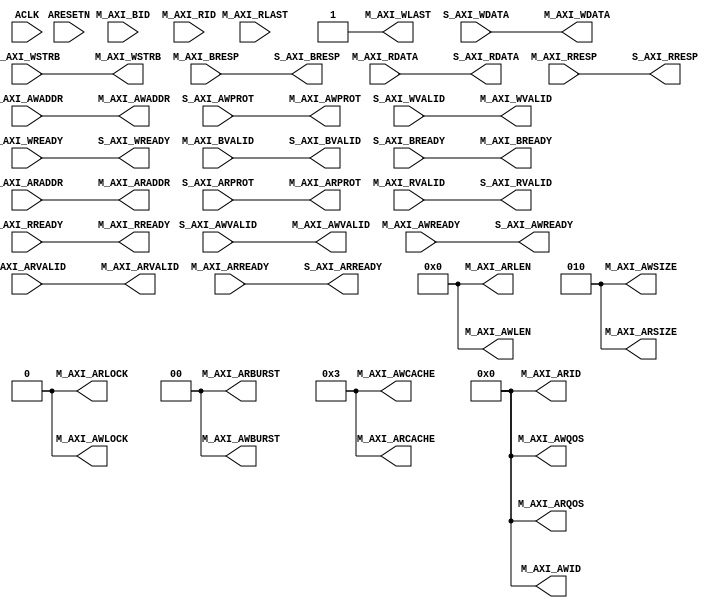
////////////////////////////////////////////////////////////////////////////////
//
// {{{
// Project:	Zip CPU -- a small, lightweight, RISC CPU soft core
//
// Purpose:	
//
// Creator:	Dan Gisselquist, Ph.D.
//		Gisselquist Technology, LLC
//
////////////////////////////////////////////////////////////////////////////////
// }}}
// Copyright (C) 2019-2024, Gisselquist Technology, LLC
// {{{
// This program is free software (firmware): you can redistribute it and/or
// modify it under the terms of the GNU General Public License as published
// by the Free Software Foundation, either version 3 of the License, or (at
// your option) any later version.
//
// This program is distributed in the hope that it will be useful, but WITHOUT
// ANY WARRANTY; without even the implied warranty of MERCHANTIBILITY or
// FITNESS FOR A PARTICULAR PURPOSE.  See the GNU General Public License
// for more details.
//
// You should have received a copy of the GNU General Public License along
// with this program.  (It's in the $(ROOT)/doc directory.  Run make with no
// target there if the PDF file isn't present.)  If not, see
// <http://www.gnu.org/licenses/> for a copy.
// }}}
// License:	GPL, v3, as defined and found on www.gnu.org,
// {{{
//		http://www.gnu.org/licenses/gpl.html
//
////////////////////////////////////////////////////////////////////////////////
//
`default_nettype none
// }}}
module axilite2axi #(
		// {{{
		parameter	C_AXI_ID_WIDTH	= 4,
				C_AXI_ADDR_WIDTH= 32,
				C_AXI_DATA_WIDTH= 32,
		parameter [C_AXI_ID_WIDTH-1:0]	C_AXI_WRITE_ID = 0,
						C_AXI_READ_ID = 0
		// }}}
	) (
		// {{{
		input	wire				ACLK,
		input	wire				ARESETN,
		// Slave AXI interface
		// {{{
		// Slave write signals
		input	wire				S_AXI_AWVALID,
		output	wire				S_AXI_AWREADY,
		input	wire	[C_AXI_ADDR_WIDTH-1:0]	S_AXI_AWADDR,
		// Verilator coverage_off
		input	wire	[3-1:0]			S_AXI_AWPROT,
		// Verilator coverage_on
		// Slave write data signals
		input	wire				S_AXI_WVALID,
		output	wire				S_AXI_WREADY,
		input	wire	[C_AXI_DATA_WIDTH-1:0]	S_AXI_WDATA,
		input	wire	[C_AXI_DATA_WIDTH/8-1:0] S_AXI_WSTRB,
		// Slave return write response
		output	wire				S_AXI_BVALID,
		input	wire				S_AXI_BREADY,
		output	wire	[2-1:0]			S_AXI_BRESP,
		// Slave read signals
		input	wire				S_AXI_ARVALID,
		output	wire				S_AXI_ARREADY,
		input	wire	[C_AXI_ADDR_WIDTH-1:0]	S_AXI_ARADDR,
		input	wire	[3-1:0]			S_AXI_ARPROT,
		// Slave read data signals
		output	wire				S_AXI_RVALID,
		input	wire				S_AXI_RREADY,
		output	wire	[C_AXI_DATA_WIDTH-1:0]	S_AXI_RDATA,
		output	wire	[2-1:0]			S_AXI_RRESP,
		// }}}
		// Master AXI interface
		// {{{
		// Master interface write address
		output	wire				M_AXI_AWVALID,
		input	wire				M_AXI_AWREADY,
		// Verilator coverage_off
		output	wire	[C_AXI_ID_WIDTH-1:0]	M_AXI_AWID,
		// Verilator coverage_on
		output	wire	[C_AXI_ADDR_WIDTH-1:0]	M_AXI_AWADDR,
		// Verilator coverage_off
		output	wire	[8-1:0]			M_AXI_AWLEN,
		output	wire	[3-1:0]			M_AXI_AWSIZE,
		output	wire	[2-1:0]			M_AXI_AWBURST,
		output	wire				M_AXI_AWLOCK,
		output	wire	[4-1:0]			M_AXI_AWCACHE,
		output	wire	[3-1:0]			M_AXI_AWPROT,
		output	wire	[4-1:0]			M_AXI_AWQOS,
		// Verilator coverage_on
		// Master write data
		output	wire				M_AXI_WVALID,
		input	wire				M_AXI_WREADY,
		output	wire	[C_AXI_DATA_WIDTH-1:0]	M_AXI_WDATA,
		output	wire	[C_AXI_DATA_WIDTH/8-1:0] M_AXI_WSTRB,
		output	wire				M_AXI_WLAST,
		// Master write response
		input	wire				M_AXI_BVALID,
		output	wire				M_AXI_BREADY,
		input	wire	[C_AXI_ID_WIDTH-1:0]	M_AXI_BID,
		// Verilator coverage_off
		input	wire	[1:0]			M_AXI_BRESP,
		// Verilator coverage_on
		// Master interface read address
		output	wire				M_AXI_ARVALID,
		input	wire				M_AXI_ARREADY,
		output	wire	[C_AXI_ID_WIDTH-1:0]	M_AXI_ARID,
		output	wire	[C_AXI_ADDR_WIDTH-1:0]	M_AXI_ARADDR,
		// Verilator coverage_off
		output	wire	[8-1:0]			M_AXI_ARLEN,
		output	wire	[3-1:0]			M_AXI_ARSIZE,
		output	wire	[2-1:0]			M_AXI_ARBURST,
		output	wire				M_AXI_ARLOCK,
		output	wire	[4-1:0]			M_AXI_ARCACHE,
		output	wire	[3-1:0]			M_AXI_ARPROT,
		output	wire	[4-1:0]			M_AXI_ARQOS,
		// Verilator coverage_on
		// Master interface read data return
		input	wire				M_AXI_RVALID,
		output	wire				M_AXI_RREADY,
		// Verilator coverage_off
		input	wire	[C_AXI_ID_WIDTH-1:0]	M_AXI_RID,
		// Verilator coverage_on
		input	wire	[C_AXI_DATA_WIDTH-1:0]	M_AXI_RDATA,
		input	wire				M_AXI_RLAST,
		input	wire	[2-1:0]			M_AXI_RRESP
		// }}}
		// }}}
	);

	localparam	ADDRLSB = $clog2(C_AXI_DATA_WIDTH)-3;
	assign	M_AXI_AWID    = C_AXI_WRITE_ID;
	assign	M_AXI_AWADDR  = S_AXI_AWADDR;
	assign	M_AXI_AWLEN   = 0;
	assign	M_AXI_AWSIZE  = ADDRLSB[2:0];
	assign	M_AXI_AWBURST = 0;
	assign	M_AXI_AWLOCK  = 0;
	assign	M_AXI_AWCACHE = 4'b0011; // As recommended by Xilinx UG1037
	assign	M_AXI_AWPROT  = S_AXI_AWPROT;
	assign	M_AXI_AWQOS   = 0;
	assign	M_AXI_AWVALID = S_AXI_AWVALID;
	assign	S_AXI_AWREADY = M_AXI_AWREADY;
	// Master write data
	assign	M_AXI_WDATA   = S_AXI_WDATA;
	assign	M_AXI_WLAST   = 1;
	assign	M_AXI_WSTRB   = S_AXI_WSTRB;
	assign	M_AXI_WVALID  = S_AXI_WVALID;
	assign	S_AXI_WREADY  = M_AXI_WREADY;
	// Master write response
	assign	S_AXI_BRESP   = M_AXI_BRESP;
	assign	S_AXI_BVALID  = M_AXI_BVALID;
	assign	M_AXI_BREADY  = S_AXI_BREADY;
	//
	//
	assign	M_AXI_ARID    = C_AXI_READ_ID;
	assign	M_AXI_ARADDR  = S_AXI_ARADDR;
	assign	M_AXI_ARLEN   = 0;
	assign	M_AXI_ARSIZE  = ADDRLSB[2:0];
	assign	M_AXI_ARBURST = 0;
	assign	M_AXI_ARLOCK  = 0;
	assign	M_AXI_ARCACHE = 4'b0011; // As recommended by Xilinx UG1037
	assign	M_AXI_ARPROT  = S_AXI_ARPROT;
	assign	M_AXI_ARQOS   = 0;
	assign	M_AXI_ARVALID = S_AXI_ARVALID;
	assign	S_AXI_ARREADY = M_AXI_ARREADY;
	//
	assign	S_AXI_RDATA   = M_AXI_RDATA;
	assign	S_AXI_RRESP   = M_AXI_RRESP;
	assign	S_AXI_RVALID  = M_AXI_RVALID;
	assign	M_AXI_RREADY  = S_AXI_RREADY;

	// Make Verilator happy
	// {{{
	// Verilator coverage_off
	// Verilator lint_off UNUSED
	wire	unused;
	assign	unused = &{ 1'b0, ACLK, ARESETN, M_AXI_RLAST, M_AXI_RID, M_AXI_BID };
	// Verilator lint_on UNUSED
	// Verilator coverage_on
	// }}}

`ifdef	FORMAL
	//
	// The following are some of the properties used to verify this design
	//

	localparam	F_LGDEPTH = 10;

	wire	[F_LGDEPTH-1:0]	faxil_awr_outstanding,
				faxil_wr_outstanding, faxil_rd_outstanding;

	faxil_slave #(
			.C_AXI_ADDR_WIDTH(C_AXI_ADDR_WIDTH),
			.C_AXI_DATA_WIDTH(C_AXI_DATA_WIDTH),
			.F_LGDEPTH(10),
			.F_AXI_MAXRSTALL(4),
			.F_AXI_MAXWAIT(9),
			.F_AXI_MAXDELAY(0)
	) faxil(.i_clk(ACLK), .i_axi_reset_n(ARESETN),
		//
		.i_axi_awvalid(S_AXI_AWVALID),
		.i_axi_awready(S_AXI_AWREADY),
		.i_axi_awaddr( S_AXI_AWADDR),
		.i_axi_awprot( S_AXI_AWPROT),
		//
		.i_axi_wvalid(S_AXI_WVALID),
		.i_axi_wready(S_AXI_WREADY),
		.i_axi_wdata( S_AXI_WDATA),
		.i_axi_wstrb( S_AXI_WSTRB),
		//
		.i_axi_bvalid(S_AXI_BVALID),
		.i_axi_bready(S_AXI_BREADY),
		.i_axi_bresp( S_AXI_BRESP),
		//
		.i_axi_arvalid(S_AXI_ARVALID),
		.i_axi_arready(S_AXI_ARREADY),
		.i_axi_araddr( S_AXI_ARADDR),
		.i_axi_arprot( S_AXI_ARPROT),
		//
		//
		.i_axi_rvalid(S_AXI_RVALID),
		.i_axi_rready(S_AXI_RREADY),
		.i_axi_rdata( S_AXI_RDATA),
		.i_axi_rresp( S_AXI_RRESP),
		//
		.f_axi_awr_outstanding(faxil_awr_outstanding),
		.f_axi_wr_outstanding(faxil_wr_outstanding),
		.f_axi_rd_outstanding(faxil_rd_outstanding));

	//
	// ...
	//

	faxi_master #(
			.C_AXI_ID_WIDTH(C_AXI_ID_WIDTH),
			.C_AXI_ADDR_WIDTH(C_AXI_ADDR_WIDTH),
			.C_AXI_DATA_WIDTH(C_AXI_DATA_WIDTH),
			.OPT_MAXBURST(0),
			.OPT_EXCLUSIVE(1'b0),
			.OPT_NARROW_BURST(1'b0),
			.F_OPT_NO_RESET(1'b1),
			.F_LGDEPTH(10),
			.F_AXI_MAXSTALL(4),
			.F_AXI_MAXRSTALL(0),
			.F_AXI_MAXDELAY(4)
	) faxi(.i_clk(ACLK), .i_axi_reset_n(ARESETN),
		//
		.i_axi_awready(M_AXI_AWREADY),
		.i_axi_awid(   M_AXI_AWID),
		.i_axi_awaddr( M_AXI_AWADDR),
		.i_axi_awlen(  M_AXI_AWLEN),
		.i_axi_awsize( M_AXI_AWSIZE),
		.i_axi_awburst(M_AXI_AWBURST),
		.i_axi_awlock( M_AXI_AWLOCK),
		.i_axi_awcache(M_AXI_AWCACHE),
		.i_axi_awprot( M_AXI_AWPROT),
		.i_axi_awqos(  M_AXI_AWQOS),
		.i_axi_awvalid(M_AXI_AWVALID),
		//
		.i_axi_wready(M_AXI_WREADY),
		.i_axi_wdata( M_AXI_WDATA),
		.i_axi_wstrb( M_AXI_WSTRB),
		.i_axi_wlast( M_AXI_WLAST),
		.i_axi_wvalid(M_AXI_WVALID),
		//
		.i_axi_bready(M_AXI_BREADY),
		.i_axi_bid(   M_AXI_BID),
		.i_axi_bresp( M_AXI_BRESP),
		.i_axi_bvalid(M_AXI_BVALID),
		//
		.i_axi_arready(M_AXI_ARREADY),
		.i_axi_arid(   M_AXI_ARID),
		.i_axi_araddr( M_AXI_ARADDR),
		.i_axi_arlen(  M_AXI_ARLEN),
		.i_axi_arsize( M_AXI_ARSIZE),
		.i_axi_arburst(M_AXI_ARBURST),
		.i_axi_arlock( M_AXI_ARLOCK),
		.i_axi_arcache(M_AXI_ARCACHE),
		.i_axi_arprot( M_AXI_ARPROT),
		.i_axi_arqos(  M_AXI_ARQOS),
		.i_axi_arvalid(M_AXI_ARVALID),
		//
		.i_axi_rid(   M_AXI_RID),
		.i_axi_rdata( M_AXI_RDATA),
		.i_axi_rready(M_AXI_RREADY),
		.i_axi_rresp( M_AXI_RRESP),
		.i_axi_rvalid(M_AXI_RVALID),
		//
		.f_axi_awr_nbursts(faxi_awr_nbursts),
		.f_axi_wr_pending(faxi_wr_pending),
		.f_axi_rd_nbursts(faxi_rd_nbursts),
		.f_axi_rd_outstanding(faxi_rd_outstanding)
		//
		// ...
		//
		);


	////////////////////////////////////////////////////////////////////////
	//
	// Induction rule checks
	//
	////////////////////////////////////////////////////////////////////////
	//
	//

	// First rule: the AXI solver isn't permitted to have any more write
	// bursts outstanding than the AXI-lite interface has.
	always @(*)
		assert(faxi_awr_nbursts == faxil_awr_outstanding);

	//
	// Second: Since our bursts are limited to one value each, and since
	// we can't send address bursts ahead of their data counterparts,
	// (AXI property limitation) faxi_wr_pending can only ever be one or
	// zero, and the counters must match
	always @(*)
	begin
		//
		// ...
		//

		if (faxil_awr_outstanding != 0)
		begin
			assert((faxil_awr_outstanding == faxil_wr_outstanding)
			||(faxil_awr_outstanding-1 == faxil_wr_outstanding));
		end

		if (faxil_awr_outstanding == 0)
			assert(faxil_wr_outstanding == 0);
	end

	//
	// ...
	//

	////////////////////////////////////////////////////////////////////////
	//
	// Known "bugs"
	//
	////////////////////////////////////////////////////////////////////////
	//
	// These are really more limitations in the AXI properties than
	// bugs in the code, but they need to be documented here.
	//
	generate if (C_AXI_DATA_WIDTH > 8)
	begin
		// The AXI-lite property checker doesn't validate WSTRB
		// values like it should.  If we don't force the AWADDR
		// LSBs to zero, the solver will pick an invalid WSTRB.
		//
		always @(*)
			assume(S_AXI_AWADDR[$clog2(C_AXI_DATA_WIDTH)-3:0] == 0);
		always @(*)
			assert(faxi_wr_addr[$clog2(C_AXI_DATA_WIDTH)-3:0] == 0);
	end endgenerate

	//
	// The AXI solver can't handle write transactions without either a
	// concurrent or proceeding write address burst.  Here we make that
	// plain.  It's not likely to cause any problems, but still worth
	// noting.
	always @(*)
	if (faxil_awr_outstanding == faxil_wr_outstanding)
		assume(S_AXI_AWVALID || !S_AXI_WVALID);
	else if (faxil_awr_outstanding > faxil_wr_outstanding)
		assume(!S_AXI_AWVALID);

	//
	// We need to make certain that our counters never overflow.  This is
	// an assertion within the property checkers, so we need an appropriate
	// matching assumption here.  In practice, F_LGDEPTH could be set
	// so arbitrarily large that this assumption would never get hit,
	// but the solver doesn't know that.
	always @(*)
	if (faxil_rd_outstanding >= {{(F_LGDEPTH-1){1'b1}}, 1'b0 })
		assume(!S_AXI_ARVALID);

	always @(*)
	if (faxil_awr_outstanding >= {{(F_LGDEPTH-1){1'b1}}, 1'b0 })
		assume(!S_AXI_AWVALID);

`endif
endmodule
`ifndef	YOSYS
`default_nettype wire
`endif